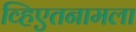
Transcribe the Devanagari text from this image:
व्हिएतनामला